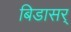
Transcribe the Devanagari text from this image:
बिडासर्